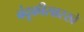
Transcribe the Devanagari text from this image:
बंदूकीसारखे